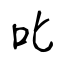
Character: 叱